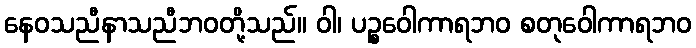
နေဝသညီနာသညီဘဝတို့သည်။ ဝါ၊ ပဉ္စဝေါကာရဘဝ စတုဝေါကာရဘဝ